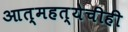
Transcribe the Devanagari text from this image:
आत्महत्येचीही